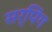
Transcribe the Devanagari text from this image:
सर्पिंग